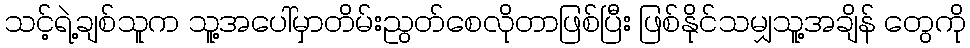
သင့်ရဲ့ချစ်သူက သူ့အပေါ်မှာတိမ်းညွတ်စေလိုတာဖြစ်ပြီး ဖြစ်နိုင်သမျှသူ့အချိန် တွေကို